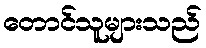
တောင်သူများသည်